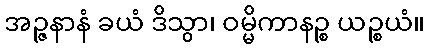
အဉ္ဇနာနံ ခယံ ဒိသွာ၊ ဝမ္မိကာနဉ္စ ယဉ္စယံ။